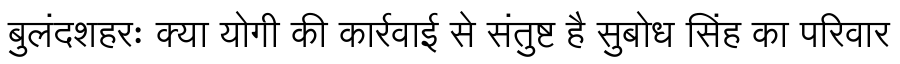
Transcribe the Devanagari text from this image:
बुलंदशहरः क्या योगी की कार्रवाई से संतुष्ट है सुबोध सिंह का परिवार